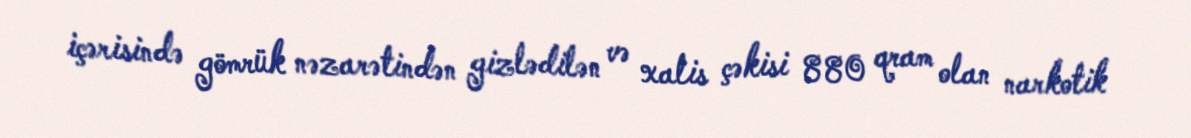
içərisində gömrük nəzarətindən gizlədilən və xalis çəkisi 880 qram olan narkotik